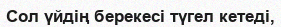
Сол үйдің берекесі түгел кетеді,